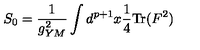
S _ { 0 } = { \frac { 1 } { g _ { Y M } ^ { 2 } } } \int d ^ { p + 1 } x { \frac { 1 } { 4 } } \mathrm { T r } ( F ^ { 2 } )